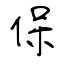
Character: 保